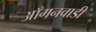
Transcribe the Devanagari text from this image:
आँगनवाडी